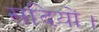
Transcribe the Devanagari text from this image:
सदियों।